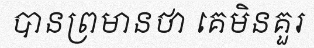
បានព្រមានថា គេមិនគួរ